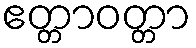
ဧတ္တာဝတ္တာ